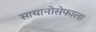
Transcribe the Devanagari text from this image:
सायानोसेफाला